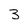
Character: 3